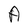
Character: A